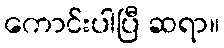
ကောင်းပါပြီ ဆရာ။